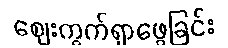
ဈေးကွက်ရှာဖွေခြင်း